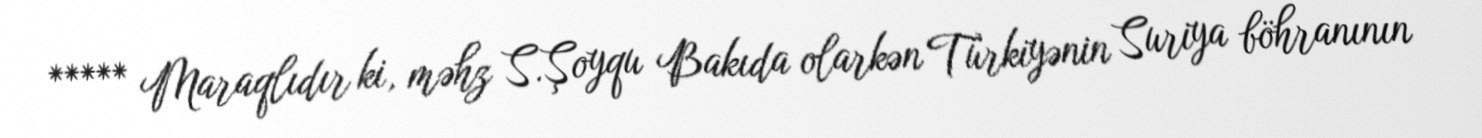
***** Maraqlıdır ki, məhz S.Şoyqu Bakıda olarkən Türkiyənin Suriya böhranının